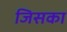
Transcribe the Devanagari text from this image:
जिसका